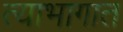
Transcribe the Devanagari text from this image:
त्याभागात